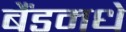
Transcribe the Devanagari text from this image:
बैंडमधे